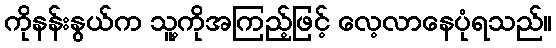
ကိုနန်းနွယ်က သူ့ကိုအကြည့်ဖြင့် လေ့လာနေပုံရသည်။